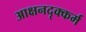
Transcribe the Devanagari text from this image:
आक्षनदृक्कर्म